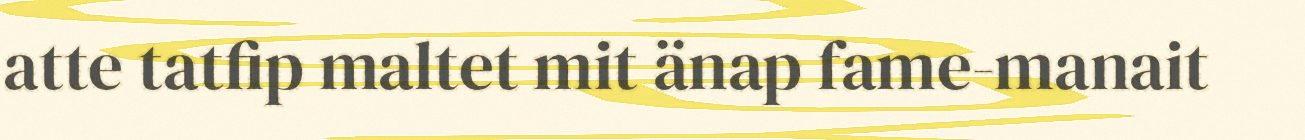
atte tatfip maltet mit änap fame-manait